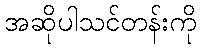
အဆိုပါသင်တန်းကို